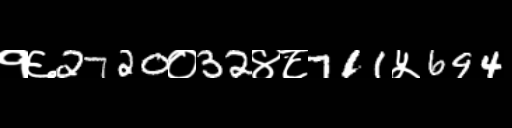
Text: १६2720०32४८711५694